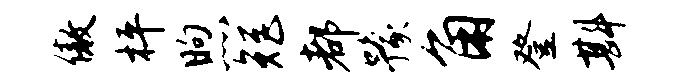
傲枰煦矩都豫角登斟